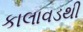
કાલાવડથી